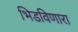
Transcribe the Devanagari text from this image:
भिडविणारा